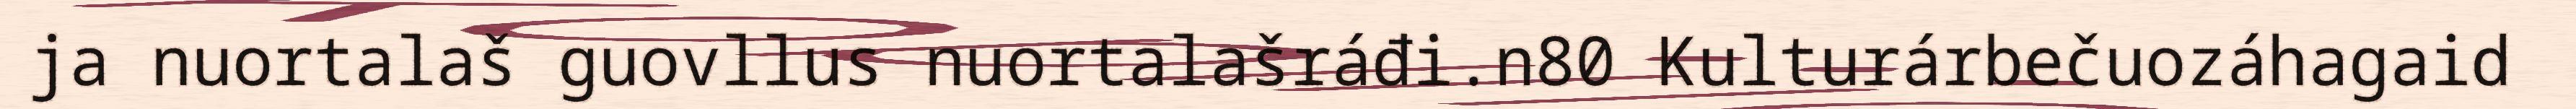
ja nuortalaš guovllus nuortalašráđi.n80 Kulturárbečuozáhagaid